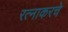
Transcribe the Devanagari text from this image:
रत्‍नाकरचे